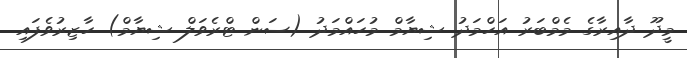
މީދޫ ދާއިރާގެ މެމްބަރު އަހްމަދު ޝިޔާމް މުހައްމަދު (ސަން ޓްރެވަލް ޝިޔާމް) ހާޒިރުވެފައި